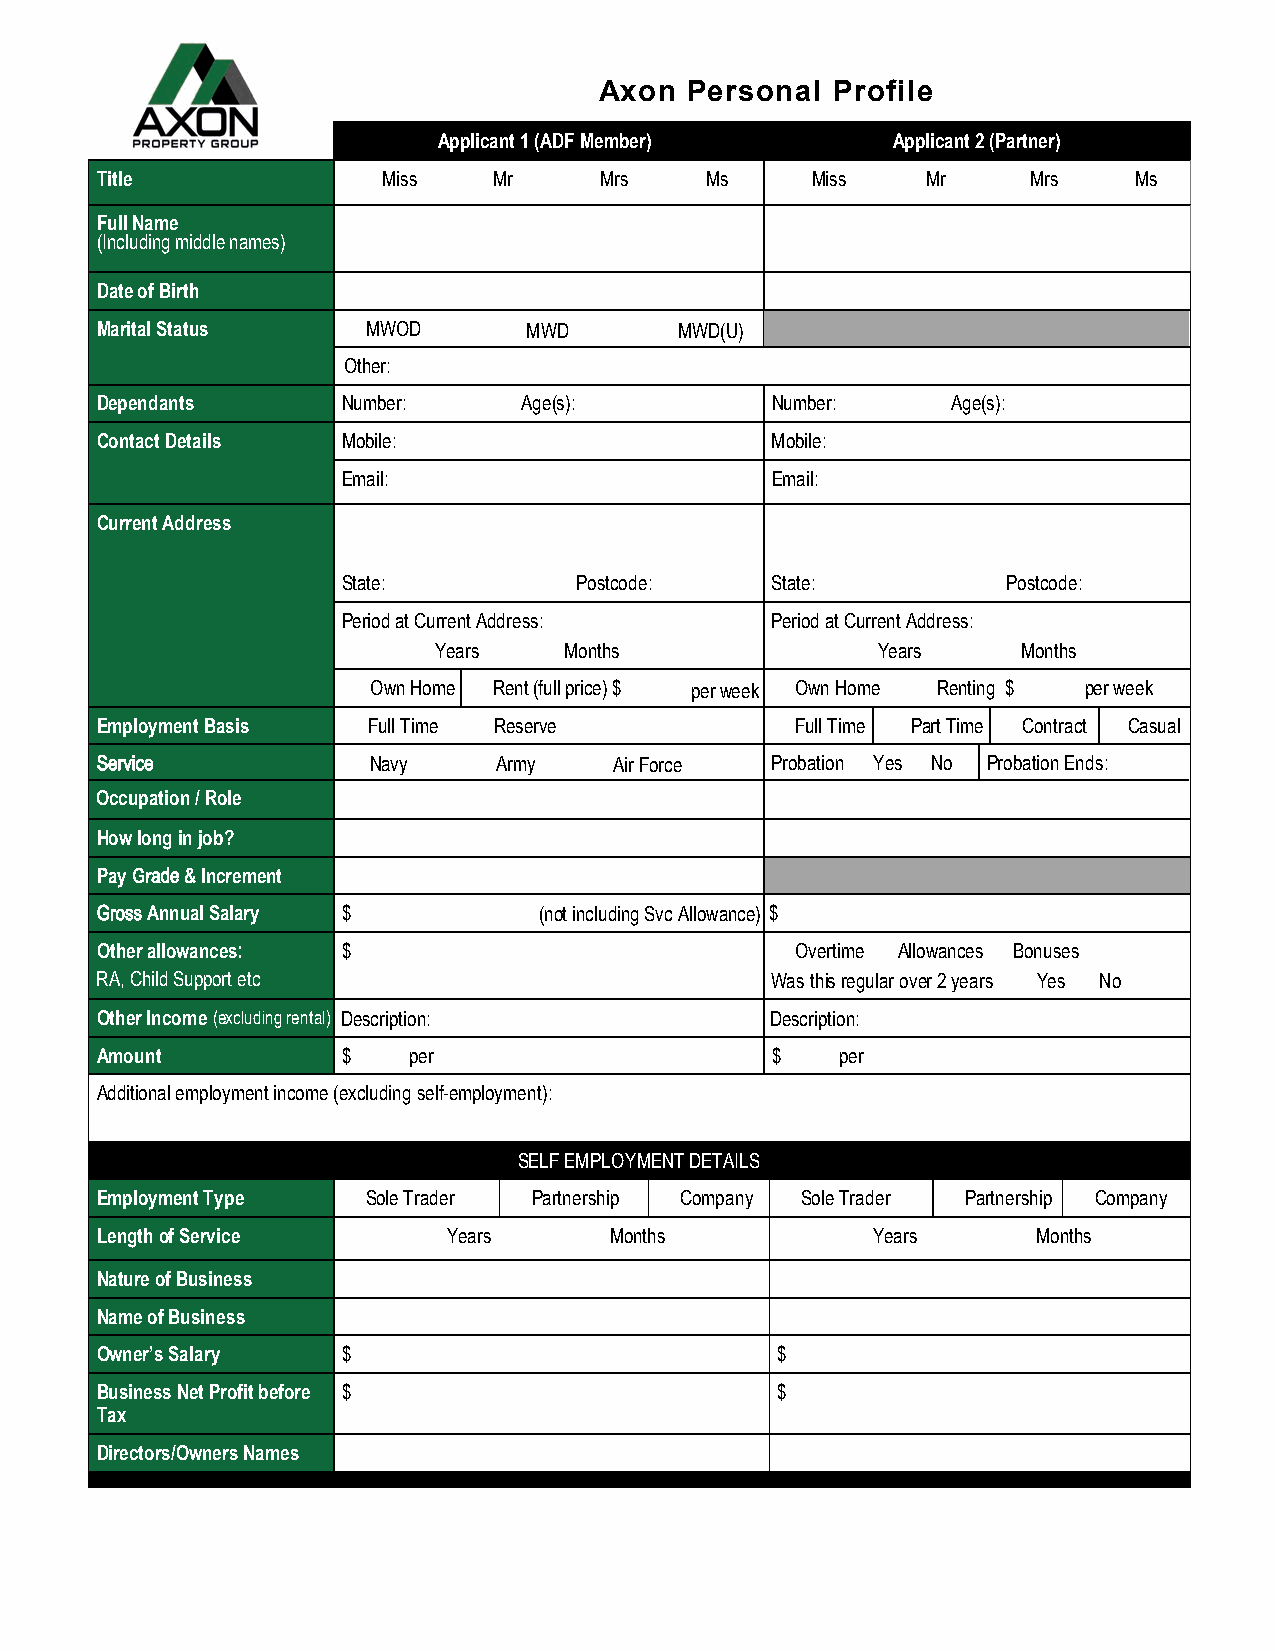
Axon  Personal Profile
 Applicant 1 (ADF Member)      Applicant 2 (Partner)
 Title              Miss    Mr     Mrs    Ms     Miss   Mr     Mrs    Ms
 Full Name
 (Including middle names)
 Date of Birth
 Marital Status    MWOD       MWD       MWD(U)
 Other:
 Dependants       Number:     Age(s):         Number:     Age(s):
 Contact Details  Mobile:                     Mobile:
 Email:                      Email:
 Current Address
 State:         Postcode:    State:          Postcode:
 Period at Current Address:  Period at Current Address:
 Years   Months               Years     Months
 Own Home Rent (full price) $ per week Own Home Renting $ per week
 Employment Basis  Full Time Reserve            Full Time Part Time Contract Casual
 Service           Navy     Army    Air Force Probation Yes No Probation Ends:
 Occupation / Role
 How long in job?
 Pay Grade & Increment
 Gross Annual Salary $         (not including Svc Allowance) $
 Other allowances: $                            Overtime Allowances Bonuses
 RA, Child Support etc                        Was this regular over 2 years Yes No
 Other Income (excluding rental) Description: Description:
 Amount           $   per                     $    per
 Additional employment income (excluding self-employment):
 SELF EMPLOYMENT DETAILS
 Employment Type   Sole Trader Partnership Company Sole Trader Partnership Company
 Length of Service       Years     Months            Years      Months
 Nature of Business
 Name of Business
 Owner’s Salary   $                           $
 Business Net Profit before $                 $
 Tax
 Directors/Owners Names